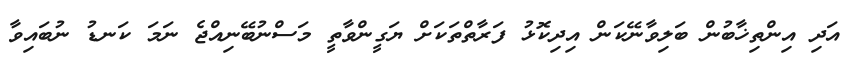
އަދި އިންތިޚާބުން ބަލިވާނޭކަން އިދިކޮޅު ފަރާތްތަކަށް ޔަގީންވާތީ މަސްނުބޭނިއްޖެ ނަމަ ކަނޑު ނުބައިވާ